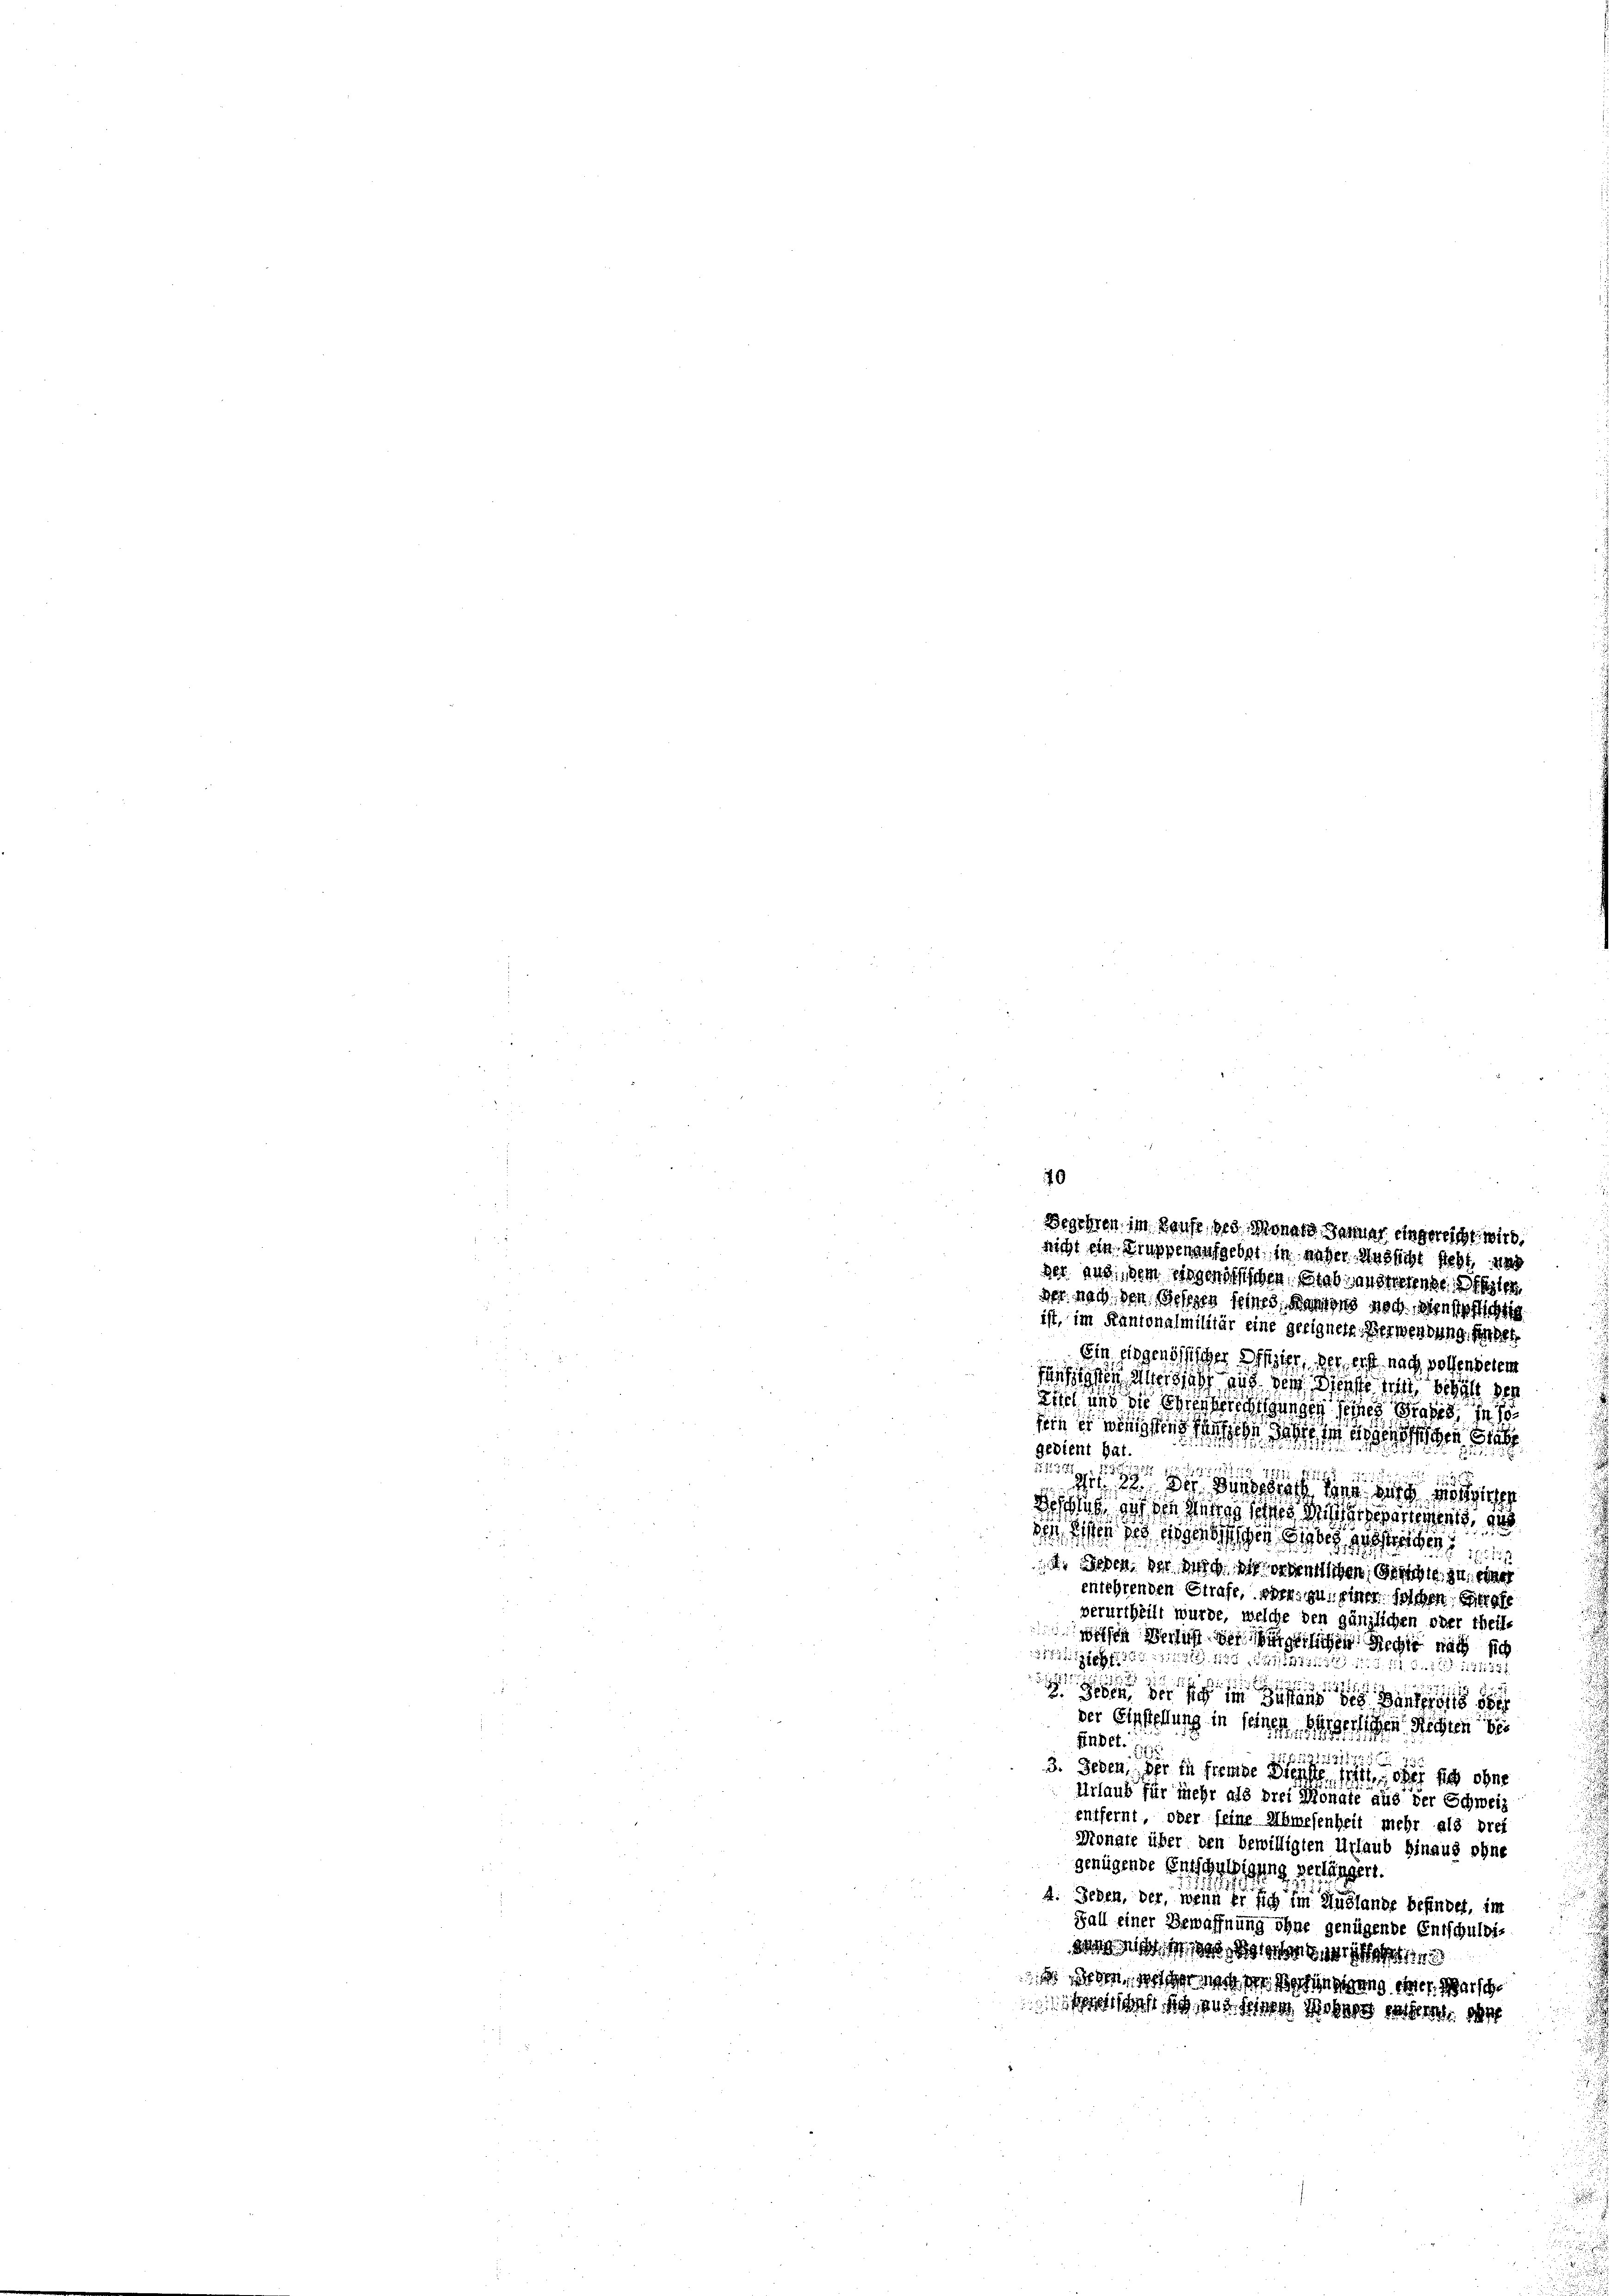
Begehren im Hause, des Monats Januar eingereicht wird,
nicht ein Gruppenaufgebet, in naher Aussicht steht, war
der. aus dem eidgenössischen Stabsanstretende die

der nach den Belegen seines Kantons noch, dienstpflichtig
ist, im Kantonalmilitär eine geeignete. Verwendung, sehen
Ein eingenössiger Schrift, der erst nach wollenselem
e
igen aber sie aus der Dienste fehlt, behält der
Zitel und die Enterberechungen seines Brates, in so
feine wesen fertige sehe in dagegen a
Gedient hat.
 55
 12972 189
15

Mit 12. Der Dingetroff zur wird sie
shus ou den Mitte des Missgewartement, d
der Eisen des ein gebiger Biber gestanden
 Lieben, der nicht dich erweislichen Geschie zu einer
cntehrenden Strafe, oder zu, einer sichen Grafe
verurtheilt wurde, welche den gänzlichen oder theil-
wisen Beruft der bürgerlichen Rechte nach sich
xx
152. Fr. 1172387
   in dann
der Einhellung in seinen Forderlichen Rechten die
bct. 10.
21881/31 11
225
3. Jeden, der in fremde Dienste, soit oder sich ohne
Urlaub für mehr als drei Monate aus der Schweiz
entfernt, oder seine Ahmesenheit mehr als drei
Monate über den bewilligten Urlaub hinaus ohne
genügende Entschuldigung verlängen.
4. Leben, der, wenn er sich im Auslande befindet, im
Fall einer Bewaffnung ohne genügende Entschuldiwo     143
 werden, dass er nach der Verfündigung ihres Marsche
sheh ich an sie sichen sehr